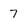
Character: 7